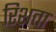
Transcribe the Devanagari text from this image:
रिशता